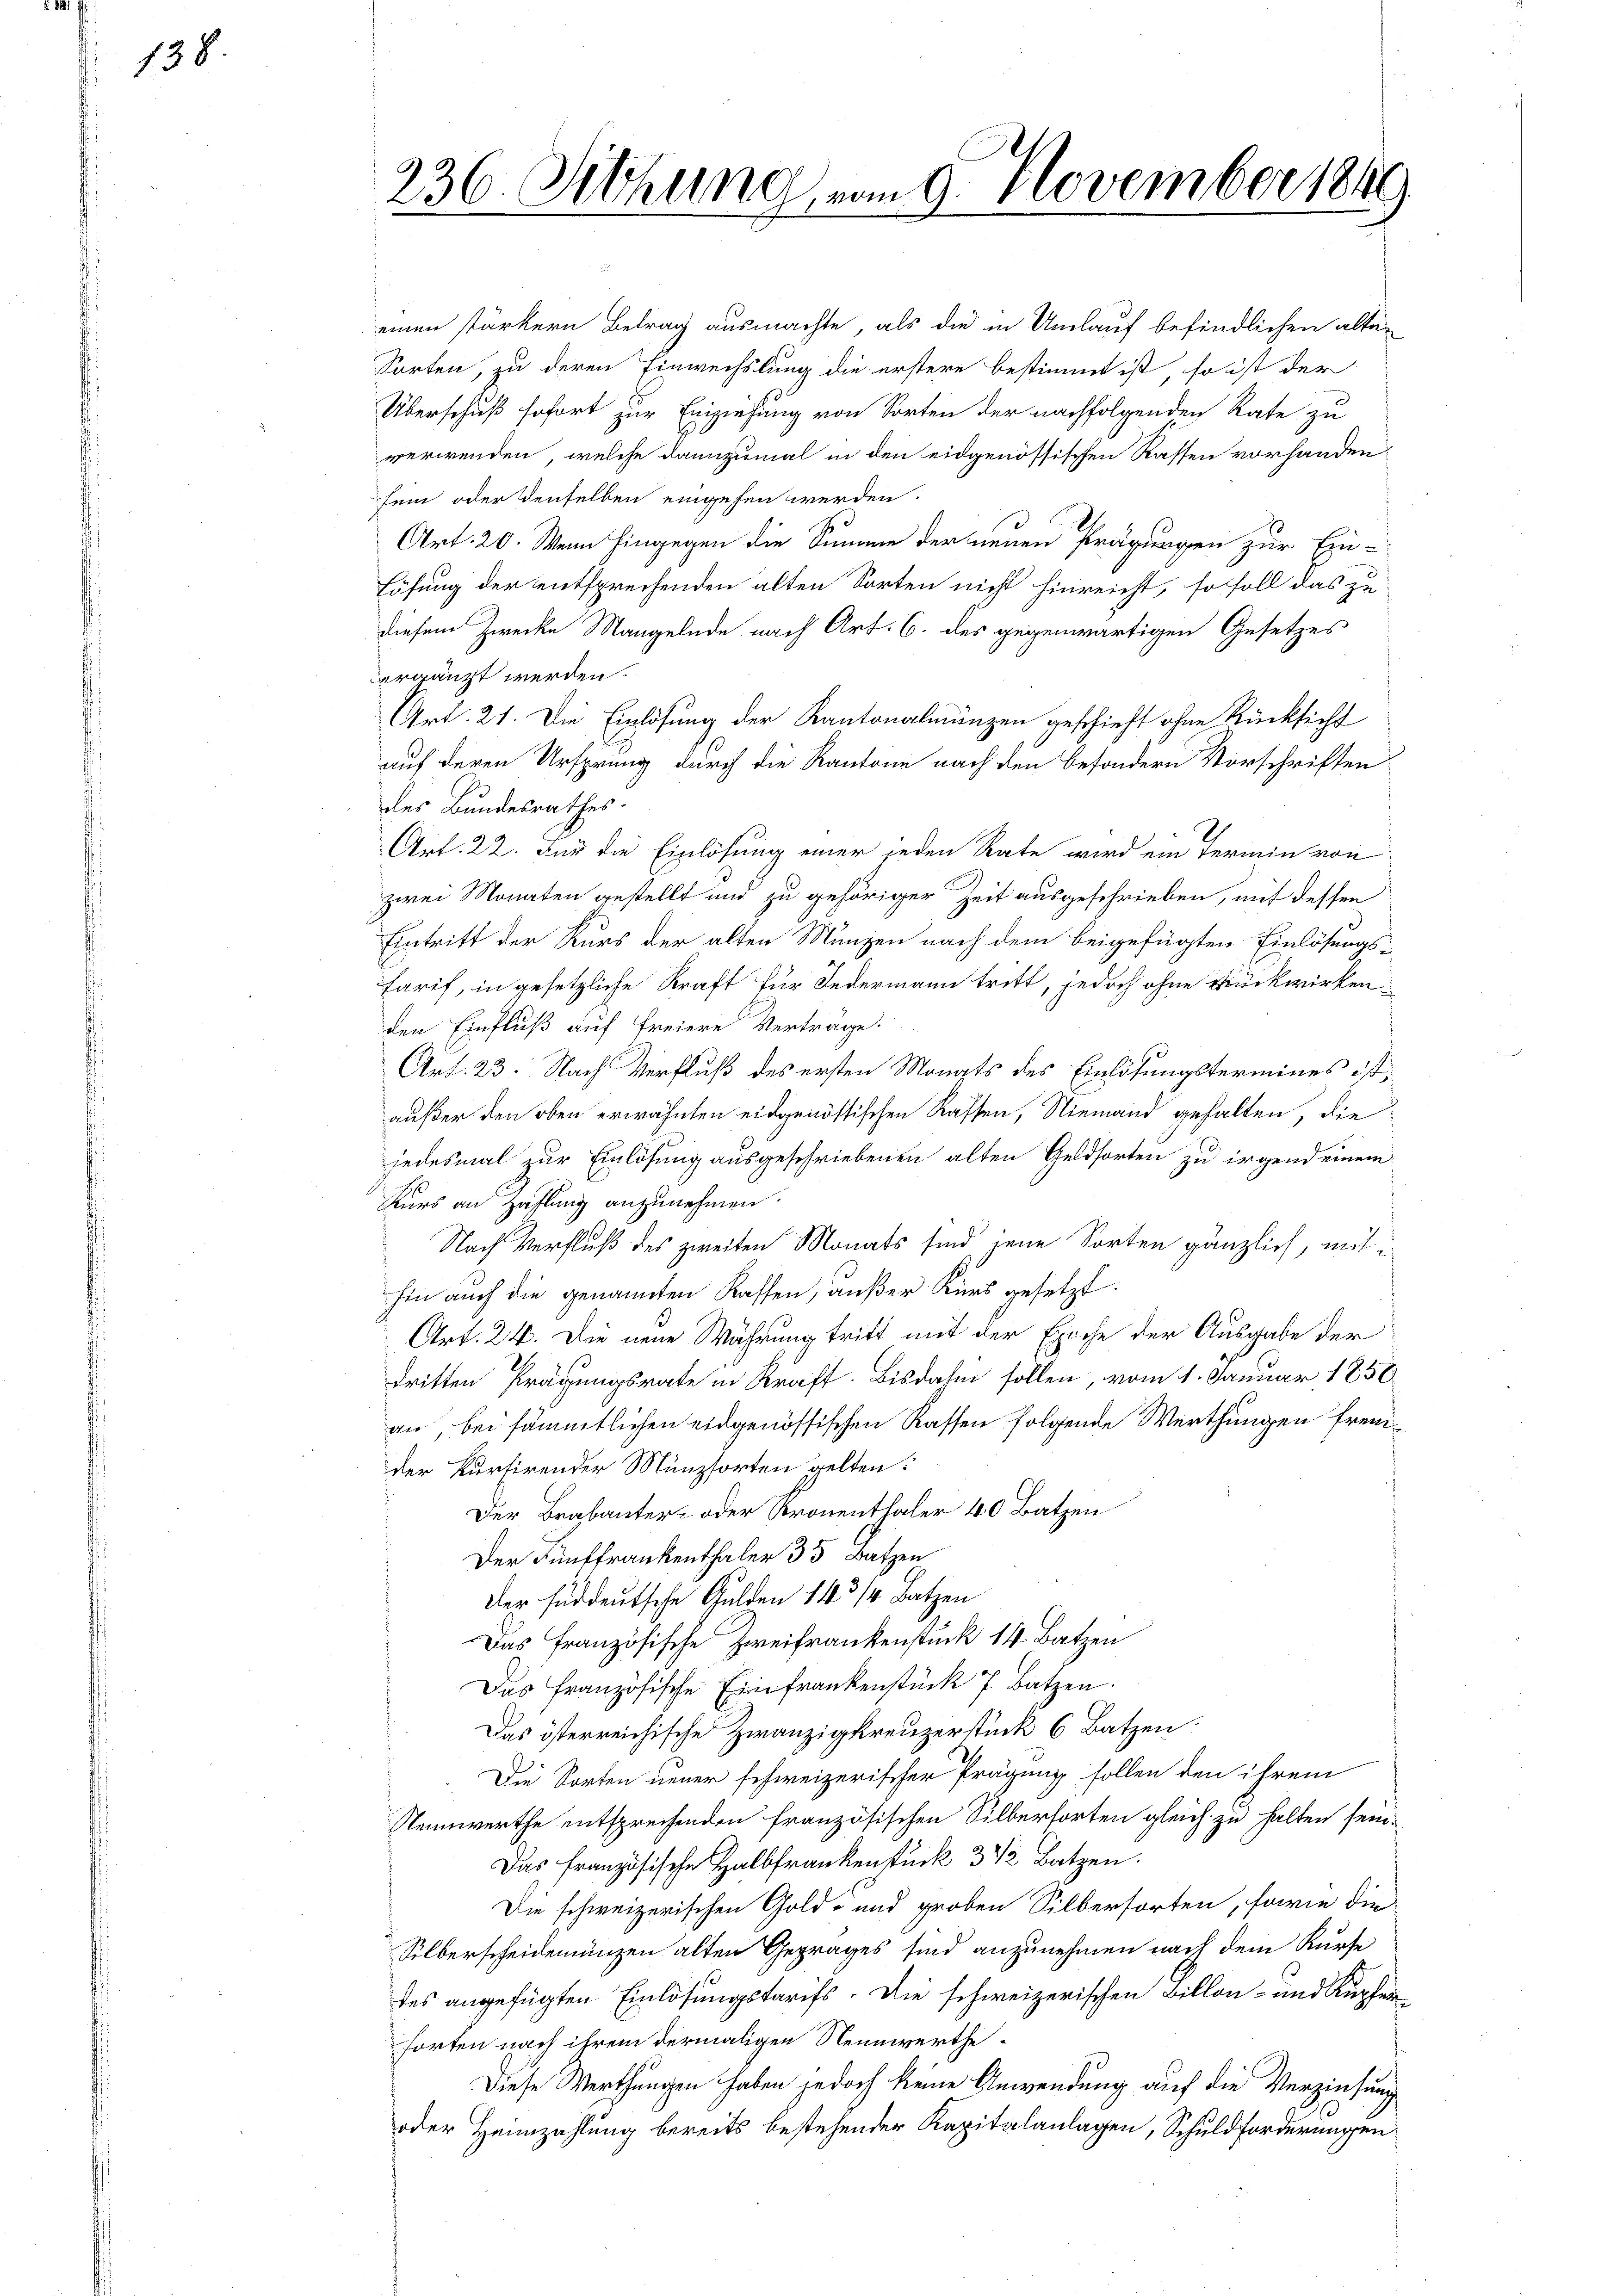
138

einen stärkern Betrag ausmachte, als die in Umlauf befindlichen alter
Sorten, zu deren Einwechslung die erstere bestimmt ist, so ist der
Überschuß sofort zur Einziehung von Sorten der nachfolgenden Rate zu
verwenden, welche dannzumal in den eidgenössischen Rassen vorhanden.
sein oder denselben eingehen werden.
Art. 20. Wenn hingegen die Summe der neuen Prägungen zur Ein-
Lösung der entsprechenden alten Sorten nicht hinreicht, so soll das zu
diesem Zwecke Mangelnde nach Art. 6. des gegenwärtigen Gesetzes
ergänzt werden.
Art. 21. Die Einlösung der Kantonalmänzen geschieht ohne Rücksicht
auf deren Ursprung durch die Kantone nach den besondern Vorschriften
des Bundesrathes:
Art. 22. Für die Einlösung einer jeden Rate wird ein Termin von
zwei Monaten gestellt und zu gehöriger Zeit ausgeschrieben, mit dessen
Eintritt der Kurs der alten Münzen nach dem beigefügten Einlösungs¬
Tarif, in gesetzliche Kraft für Federmann tritt, jedoch ohne Rückwirkenden Einfluß auf freiere Verträge.
Art. 23. Nach Verfluß des ersten Monats des Einlösungstermines ist,
außer den oben erwähnten eidgenössischen Rassen, Niemand gehalten, die
jedesmal zur Einlösung ausgeschriebenen alten Geldsorten zu irgend einem
Kurs an Zahlung anzunehmen.
Nach Verfluß des zweiten Monats sind jene Sorten gänzlich, mit i
hin auch die genannten Kassen, außer Kurs gesetzt:
Art. 24. Die neue Währung tritt mit der Epoche der Ausgabe der
dritten Prägungsrate in Kraft. Bisdahin sollen, vom 1. Januar 1856
an, bei sämmtlichen eidgenössischen Kassen folgende Werthungen fremder Kursirender Münzsorten gelten:
Der Brabanter- oder Kronenthaler 40 Batzen
Der Fünffrankenthaler 35 Batzen
Der süddeutsche Gulden 143/4 Batzen
Das Französische Zweifrankenstück 14. Batzen
Das französische Einfrankenstück 7 Batzen.
Das österreichische Zwanzigkreuzerstück 6 Batzen.
Die Sorten neuer schweizerischer Prägung sollen den ihrem
Nennwerthe entsprechenden französischen Silberforten gleich zu halten sein.
Das französische Halbfrankenstück 3 1/2 Batzen.
Die schweizerischen Gold- und groben Silbertorten, sowie die
Silberscheidemünzen alten Getrages sind anzunehmen nach dem Kurse
des angefügten Einlösungstarifs. Die schweizerischen Billon- und Kupferforten nach ihrem dermaligen Nennwerthe
Diese Werthungen haben jedoch keine Anwendung auf die Verzinsung
oder Heimzahlung bereits bestehender Kapitalanlagen, Schuldforderungen

236. Sitzung, vom 9. November 1849
1